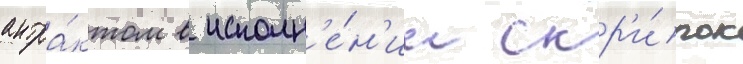
антра́ктом в исполн'е́н'ии скр'и́пок